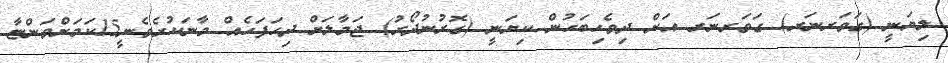
ލިޔަނީ (ގަވަރނަރ) ގަވަރނަރ އަށް ދިވެހިބަހުން ކިޔަނީ (ގޮރުނުދޯރު) ޖަމާލަށް ދިހަފަހެއް މާނަކުރެވެނީ15ކަމަށްވަންޏާ